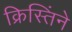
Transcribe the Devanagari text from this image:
क्रिस्तिंने